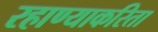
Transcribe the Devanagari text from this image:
रहाण्याकरिता